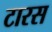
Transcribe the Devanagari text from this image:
टारस